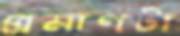
প্রমাণটা